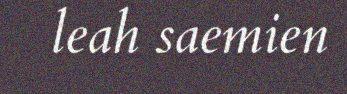
leah saemien